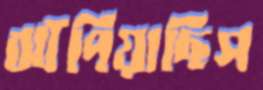
ঝাঁপিয়াছিস